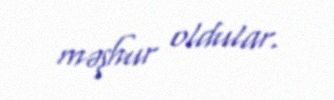
məşhur oldular.